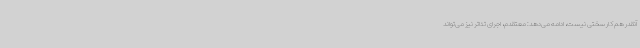
آنقدر هم کار سختی نیست، ادامه می‌دهد: معتقدم، اجرای تئاتر نیز می‌تواند